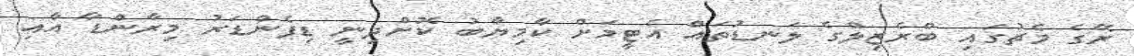
ރޭގެ މެޗުގައި ބްރެޒިލްގެ ލަނޑުތައް އެޓީމަށް ކާމިޔާބު ކޮށްދިނީ ޑިފެންޑަރު މިރާންޑާ އާއި